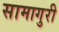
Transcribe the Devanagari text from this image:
सामागुरी